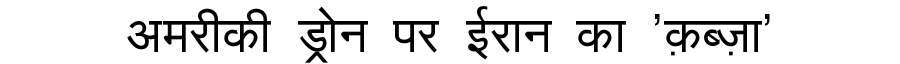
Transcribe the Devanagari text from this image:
अमरीकी ड्रोन पर ईरान का 'क़ब्ज़ा'